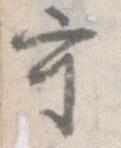
守